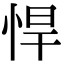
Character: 悍